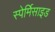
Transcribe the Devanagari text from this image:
स्पेर्मिसाइड